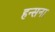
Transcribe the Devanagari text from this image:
हन्सना